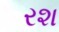
રશ